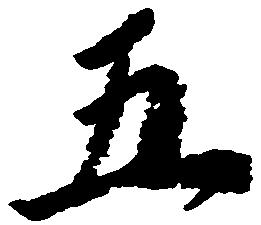
五